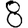
Digit: 8